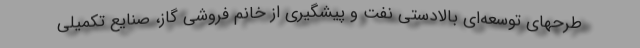
طرحهای توسعه‌ای بالادستی نفت و پیشگیری از خانم فروشی گاز، صنایع تکمیلی